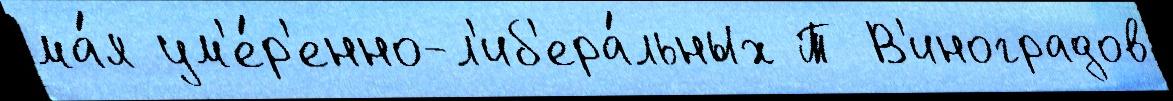
ма́я ум'е́р'енно-л'иб'ера́льных Т В'иноградов